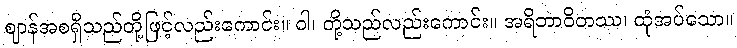
ဈာန်အစရှိသည်တို့ဖြင့်လည်းကောင်း။ ဝါ၊ တို့သည်လည်းကောင်း။ အရိဘာဝိတဿ၊ ထုံအပ်သော။